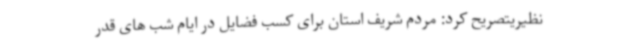
نظیریتصریح کرد: مردم شریف استان برای کسب فضایل در ایام شب های قدر